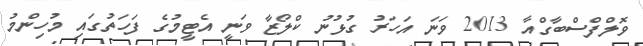
ވޮލްފްސްބާގްއާ 2013 ވަނަ އަހަރު ގުޅުނު ކްލޯޒާ ވަނީ އެޓީމުގެ ފަހަތުގައި މުހިންމު